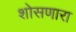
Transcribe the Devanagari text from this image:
शोसणारा